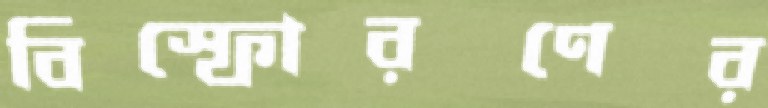
বিস্ফোরণের